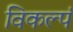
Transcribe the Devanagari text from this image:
विकल्पं